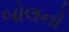
બોલનો